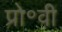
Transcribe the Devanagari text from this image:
प्रो॰वी